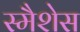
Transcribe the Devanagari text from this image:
स्मैशेस